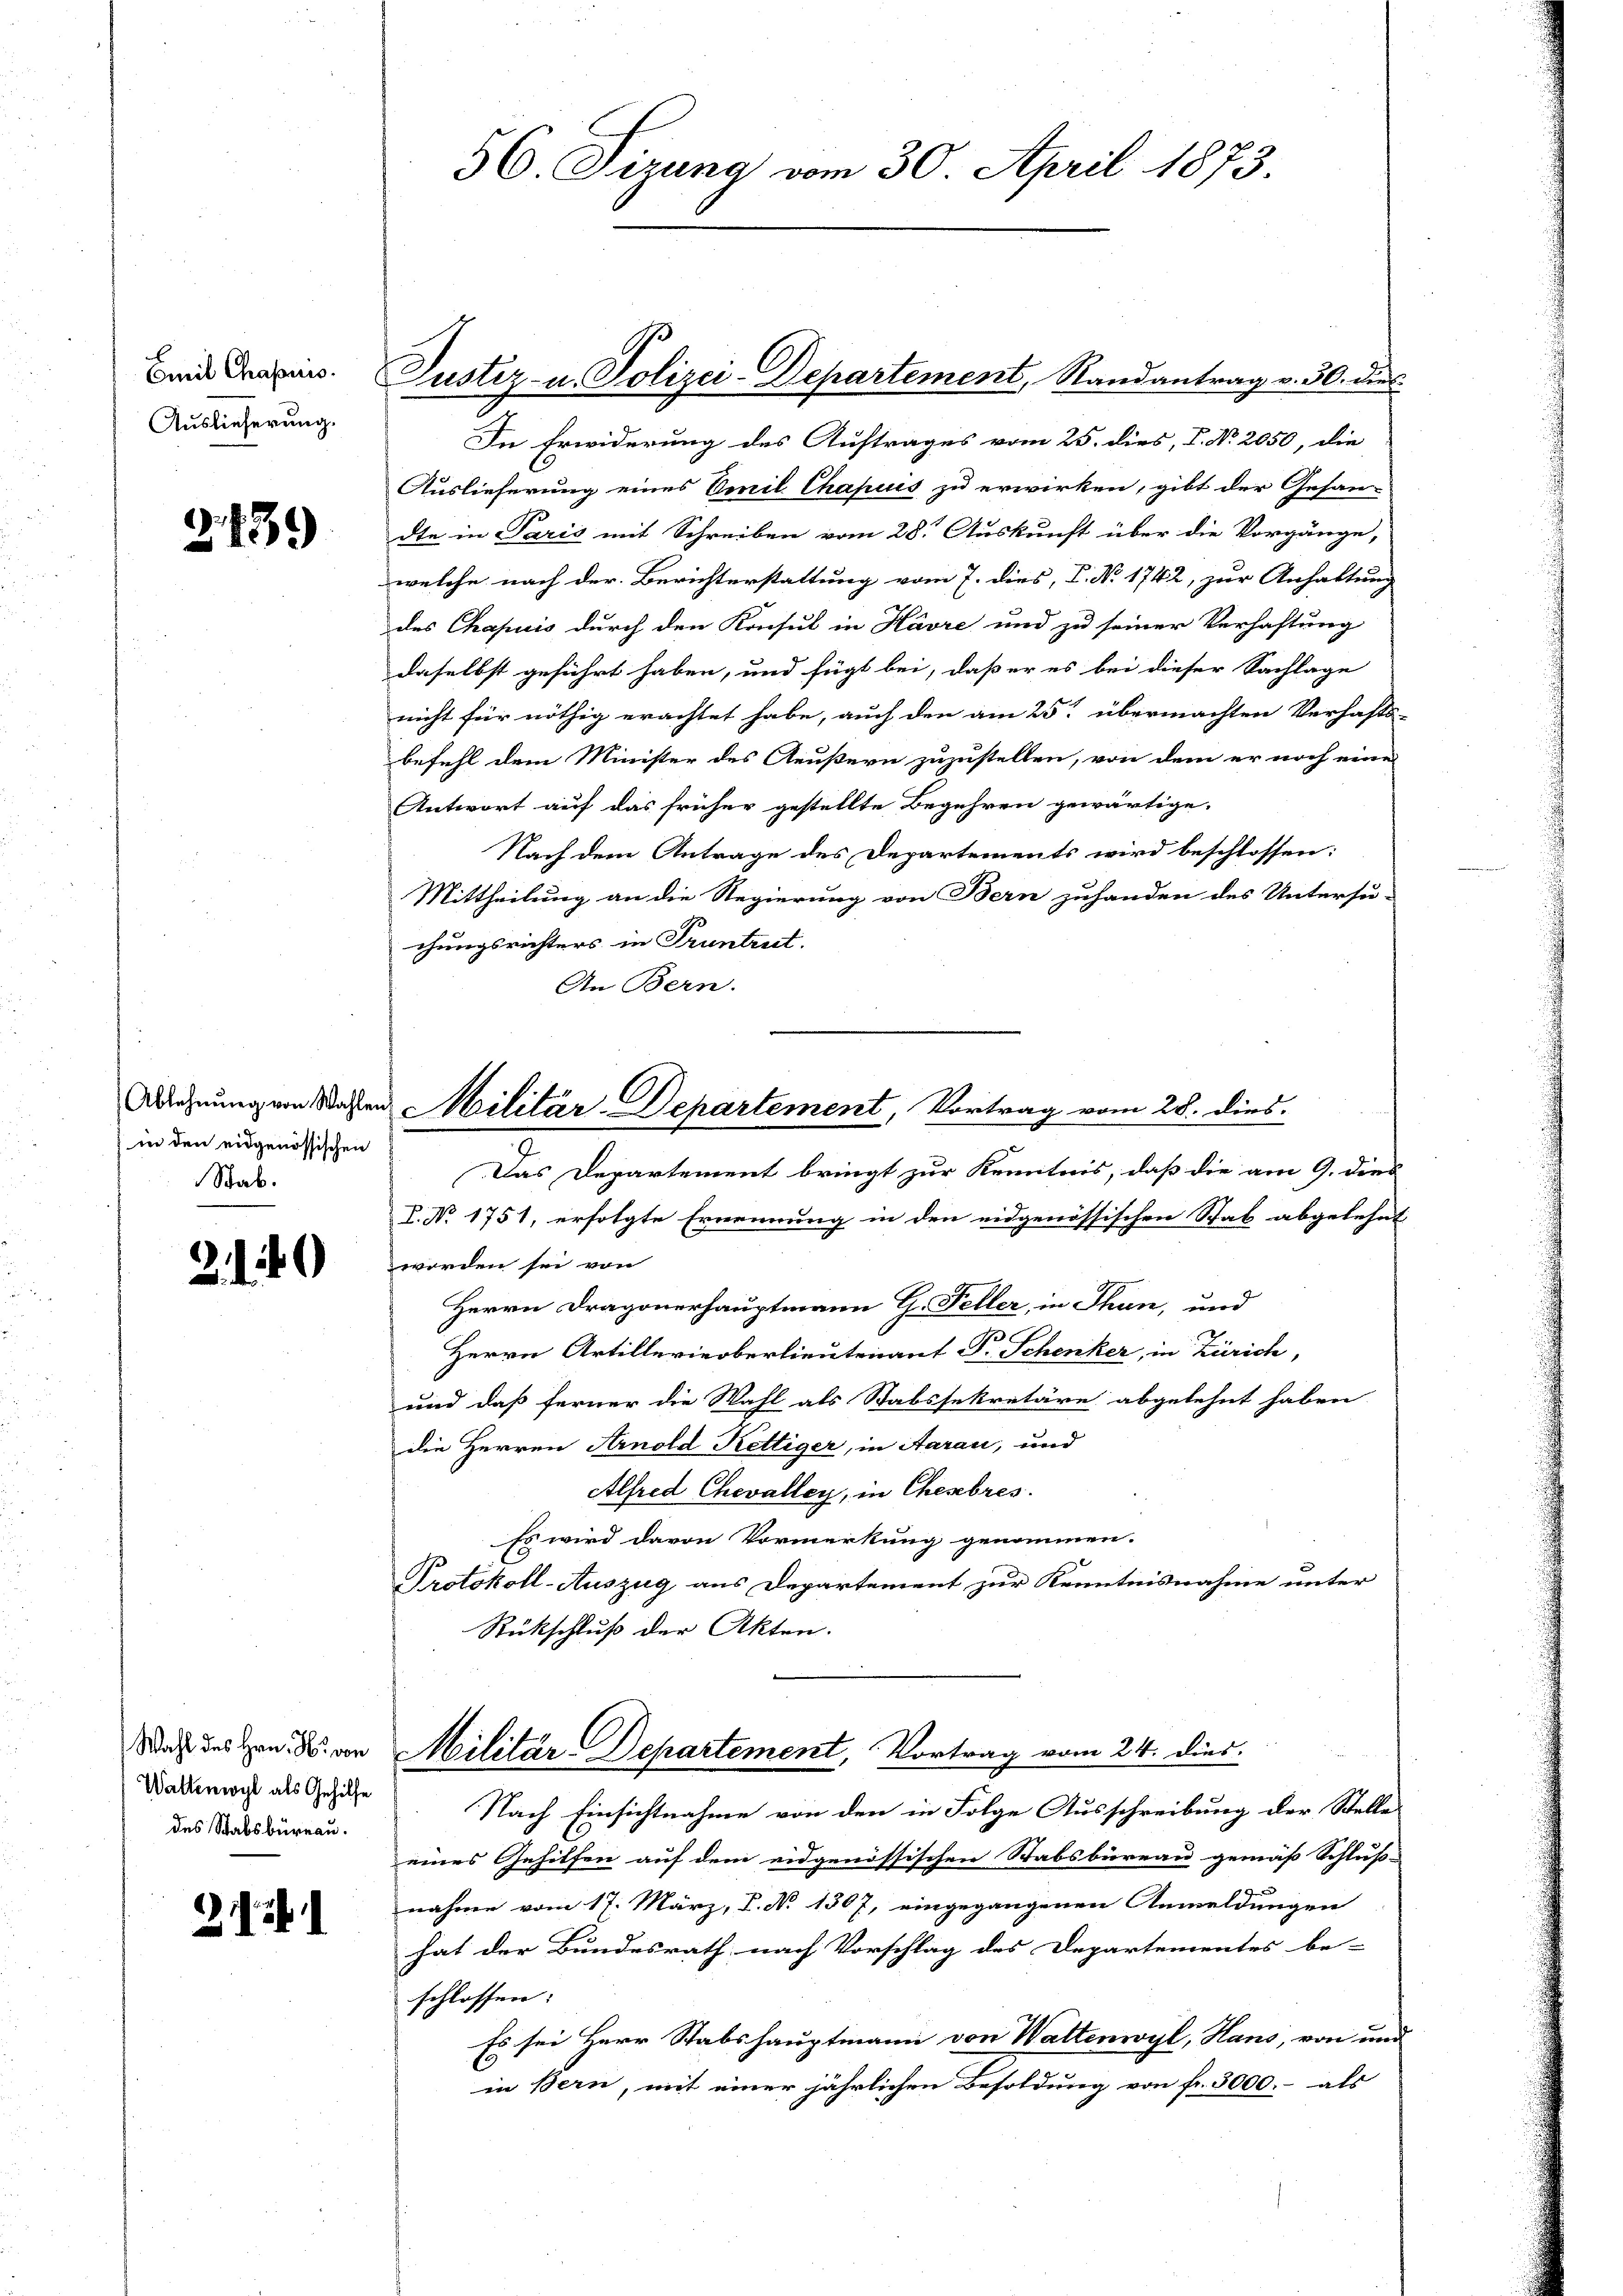
Emil Chapnis.
Auslieferung.

2139

in den eidgenössischen
Stab.

2.189

Waltenwyl als Gehilfe
des Stabsbureau.

21

In Erwiderung des Auftrages vom 25. dies, P. Nr. 2050, die
Auslieferung eines Emil Chapuis zu erwirken, gibt der Gesan-
dte in Paris mit Schreiben vom 28. Auskunft über die Vorgänge,
welche nach der Berichterstattung vom 7. dies, P. Nr. 1742, zur Anhaltung
des Chapuis durch den Konsul in Havre und zu seiner Verhaftung
daselbst geführt haben, und fügt bei, daß er es bei dieser Sachlage
nicht für nöthig erachtet habe, auch den am 25. übermachten Verhafts-
befehl dem Minister des Aeußern zuzustellen, von dem er noch eine
Antwort auf das früher gestellte Begehren gewärtige.
Nach dem Antrage des Departements wird beschlossen:
Mittheilung an die Regierung von Bern zuhanden des Untersu-
chungsrichters in Truntreit.
An Bern.
Achnung von Wahlen Militär-Departement, Vortrag vom 28. dies
Das Departement bringt zur Kenntnis, daß die am 9. dies
8. No 1751, erfolgte Ernennung in den eidgenössischen Stab abgelehnt
worden sei von
Herrn Dragonerhauptmann H. Feller, in Thun, und

Herrn Artillerieberlieutenant P. Schenker, in Zürich,
und daß ferner die Wahl als Stabssekretäre abgelehnt haben
die Herren Arnold Kettiger, in Aarau, und
Alfred Chevalley, in Chembres.
Es wird davon Vormerkung genommen.
Protokoll-Auszug aus Departement zur Kenntnisnahme unter
Rückschluß der Akten.

56. Tizung vom 30. April 1873.

Justiz- u. Polizei-Departement, Randantrag v. 30. dies

Nach des Hrn. F. von Militär-Departement, Vortrag vom 24. dies

Nach Einsichtnahme von den in Folge Ausschreibung der Stelle
eines Gehilfen auf dem eidgenössischen Stabsbureau gemäß Schluss-
nahme vom 17. März, P. No 1367, eingegangenen Anmeldungen
hat der Bundesrath nach Vorschlag des Departementes be-
schlossen:
Es sei Herr Stabshauptmann von Wattenwyl, Hans, von und
in Bern, mit einer jährlichen Besoldung von fr. 3000.- als